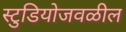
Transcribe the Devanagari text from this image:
स्टुडियोजवळील